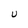
Character: U